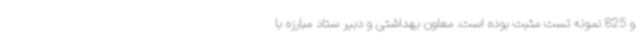
و 825 نمونه تست مثبت بوده است. معاون بهداشتی و دبیر ستاد مبارزه با